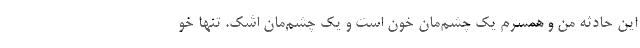
این حادثه من و همسرم یک چشم‌مان خون است و یک چشم‌مان اشک. تنها خو